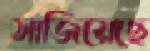
সাজিয়েছে